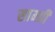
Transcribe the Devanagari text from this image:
साम्ग्री